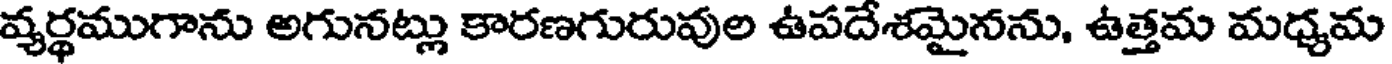
వ్యర్థముగాను అగునట్లు కారణగురువుల ఉపదేశమైనను, ఉత్తమ మధ్యమ